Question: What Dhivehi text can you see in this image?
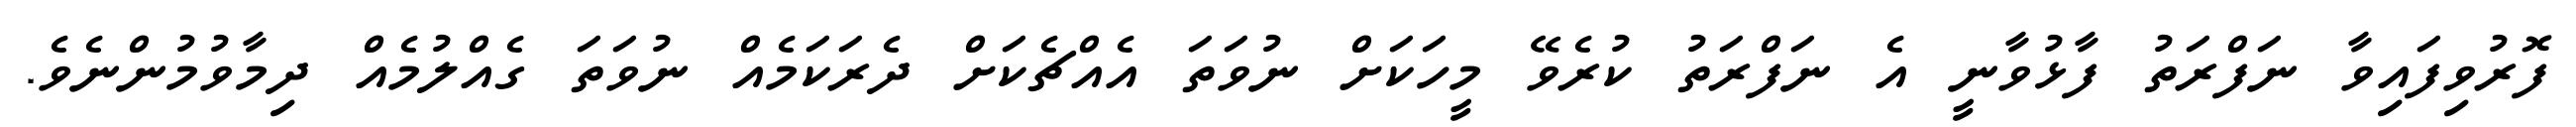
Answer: ފޮރުވިފައިވާ ނަފްރަތު ފާޅުވާނީ އެ ނަފްރަތު ކުރެވޭ މީހަކަށް ނުވަތަ އެއްޗެކަށް ދެރަކަމެއް ނުވަތަ ގެއްލުމެއް ދިމާވުމުންނެވެ.